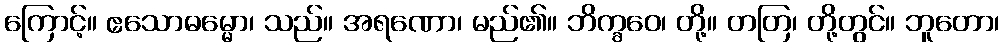
ကြောင့်။ ဧသောဓမ္မော၊ သည်။ အရဏော၊ မည်၏။ ဘိက္ခဝေ၊ တို့။ တတြ၊ တို့တွင်။ ဘူတော၊